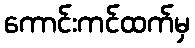
ကောင်းကင်ထက်မှ